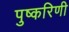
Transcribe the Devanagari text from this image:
पुष्‍करिणी